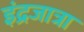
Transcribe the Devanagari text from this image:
इंद्रजात्रा